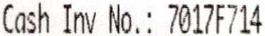
CASH INV NO.: 7017F714